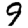
Digit: 9